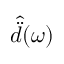
\hat { \ddot { d } } ( \omega )